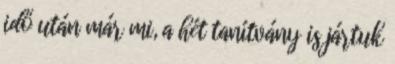
idő után már mi, a hét tanítvány is jártuk